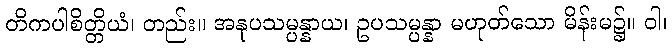
တိကပါစိတ္တိယံ၊ တည်း။ အနုပသမ္ပန္နာယ၊ ဥပသမ္ပန္နာ မဟုတ်သော မိန်းမ၌။ ဝါ၊